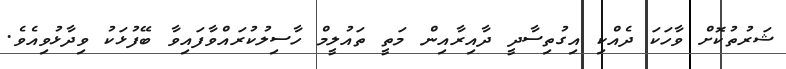
ޝަރުތުކޮށް ވާހަކަ ދެއްކި އިގުތިސާދީ ދާއިރާއިން މަތީ ތައުލީމް ހާސިލުކުރައްވާފައިވާ ބޭފުޅަކު ވިދާޅުވިއެވެ.